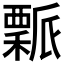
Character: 𥢝